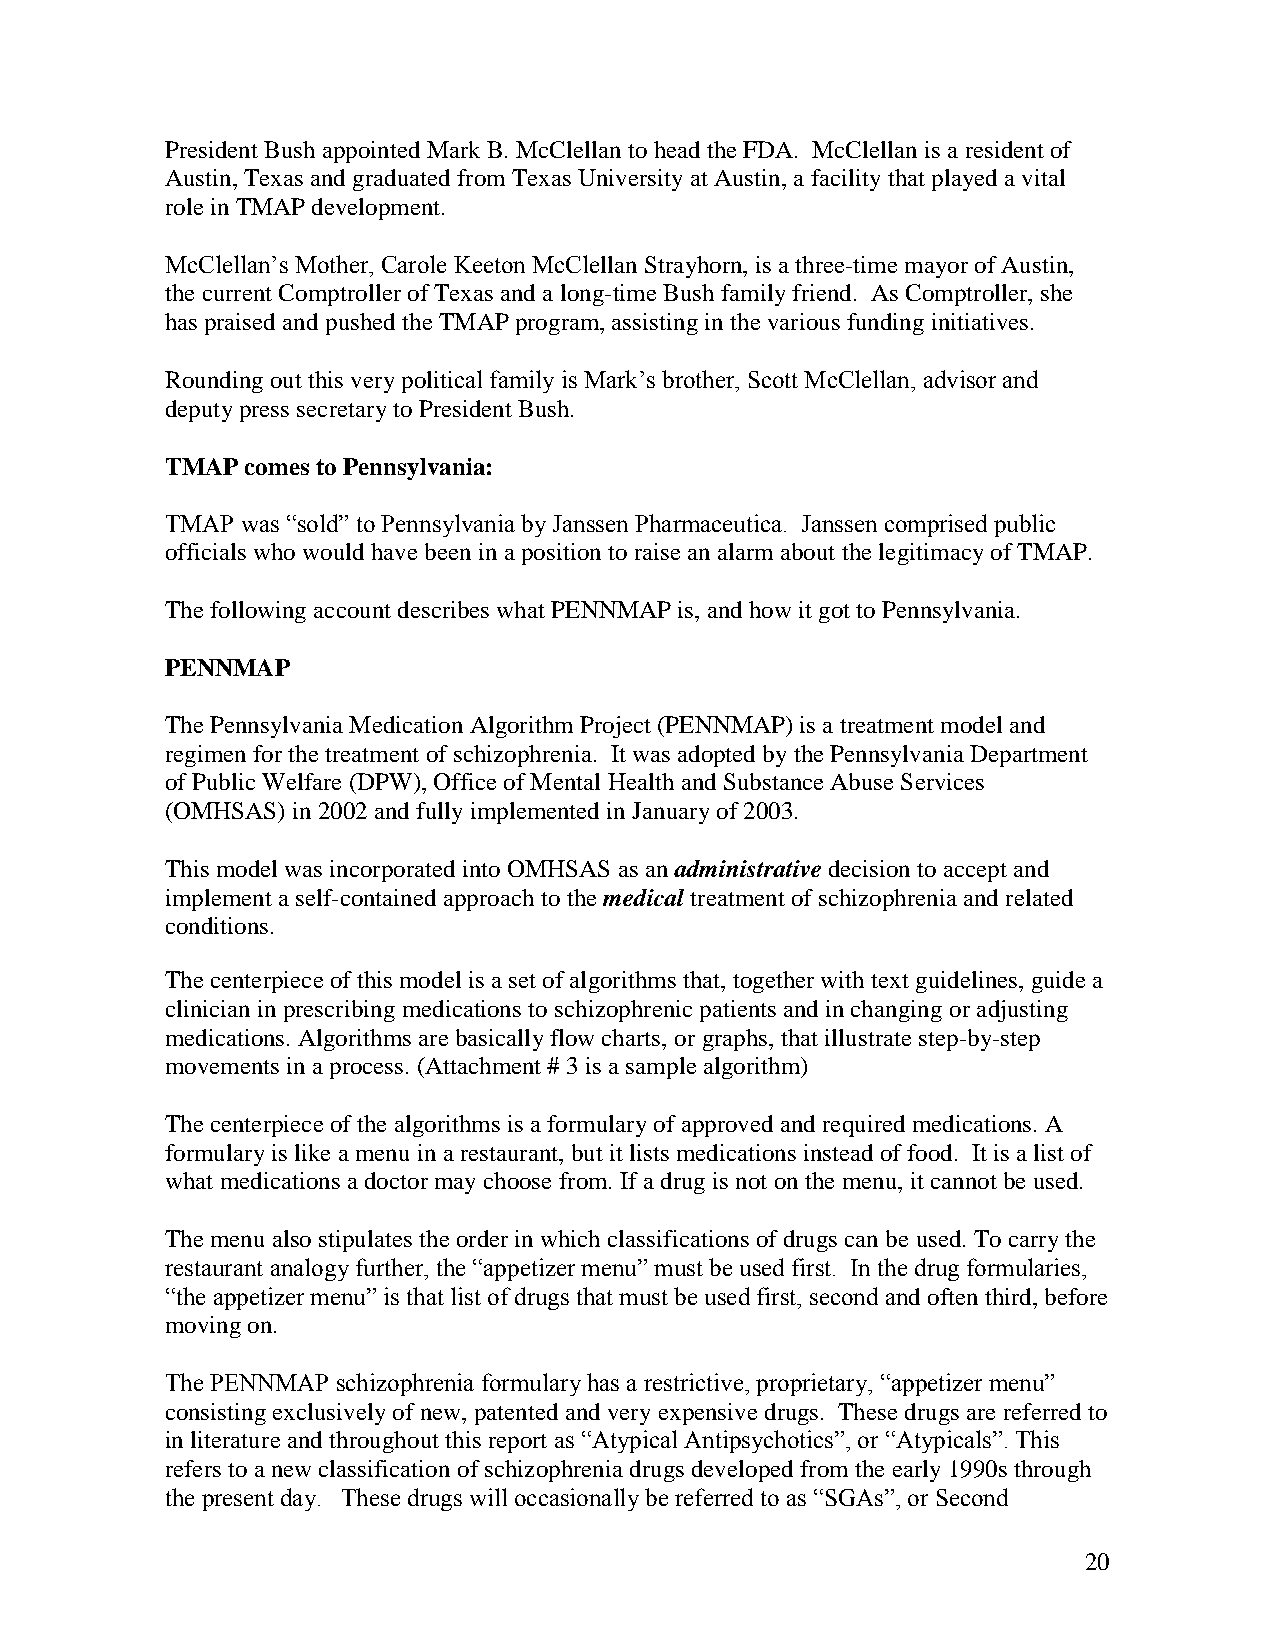
President Bush appointed MarkB.McClellantoheadthe FDA. McClellan is aresident of
 Austin,Texas andgraduatedfrom Texas Universityat Austin,a facilitythat playedavital
 roleinTMAP development.
 McClellan’s Mother, Carole Keeton McClellanStrayhorn,is athree-time mayorofAustin,
 thecurrent ComptrollerofTexas andalong-time Bush familyfriend. As Comptroller,she
 has praisedandpushedtheTMAP program,assistinginthevarious fundinginitiatives.
 Roundingout this verypolitical family is Mark’s brother, Scott McClellan, advisor and
 deputypress secretarytoPresident Bush.
 TMAPcomes to Pennsylvania:
 TMAP was “sold” to Pennsylvania by Janssen Pharmaceutica. Janssen comprised public
 officials whowouldhave beeninapositiontoraiseanalarm about thelegitimacyofTMAP.
 Thefollowingaccount describes what PENNMAP is, andhowit got toPennsylvania.
 PENNMAP
 ThePennsylvaniaMedicationAlgorithm Project (PENNMAP)is atreatment model and
 regimenforthetreatment ofschizophrenia. It was adoptedbythePennsylvaniaDepartment
 ofPublicWelfare(DPW),OfficeofMental HealthandSubstanceAbuseServices
 (OMHSAS)in2002and fullyimplementedinJanuaryof2003.
 This model was incorporatedintoOMHSAS as an administrativedecisiontoaccept and
 implement aself-containedapproachtothemedical treatment ofschizophreniaandrelated
 conditions.
 Thecenterpieceofthis model is aset ofalgorithms that,togetherwithtextguidelines, guide a
 clinicianinprescribingmedications toschizophrenicpatients andinchangingoradjusting
 medications. Algorithms arebasicallyflowcharts, orgraphs, that illustrate step-by-step
 movements inaprocess. (Attachment #3is asamplealgorithm)
 Thecenterpieceofthe algorithms is aformularyofapproved andrequired medications. A
 formularyis likeamenu inarestaurant,but it listsmedications insteadoffood. It is alist of
 what medications adoctormaychoose from. If adrugis not onthemenu,it cannot beused.
 Themenualso stipulates theorderinwhich classifications ofdrugs canbe used.Tocarrythe
 restaurant analogy further, the “appetizer menu” must be used first. In the drug formularies,
 “the appetizer menu” is that list of drugs that must be used first, second and oftenthird, before
 movingon.
 The PENNMAP schizophrenia formulary has a restrictive, proprietary, “appetizer menu”
 consistingexclusivelyof new,patented andveryexpensivedrugs. Thesedrugs are referredto
 inliteratureandthroughout this report as “Atypical Antipsychotics”, or “Atypicals”. This
 refers toanew classificationofschizophreniadrugs developedfrom theearly1990s through
 the present day. These drugs will occasionally be referred to as “SGAs”, or Second
 20